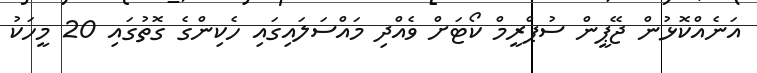
އަނެއްކޮޅުން ޖޭޕީން ސުޕްރީމް ކޯޓަށް ވެއްދި މައްސަލައިގައި ހެކިންގެ ގޮތުގައި 20 މީހަކު